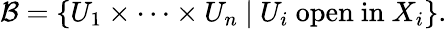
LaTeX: {\mathcal{B}}=\{ U_{1}\times\cdots\times U_{n}\ |\ U_{i}\ \mathrm{open\ in}\ X_{i}\} .